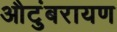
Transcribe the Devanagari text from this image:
औटुंबरायण